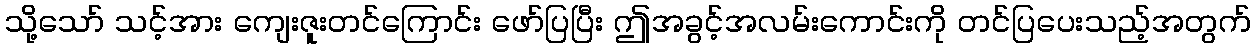
သို့သော် သင့်အား ကျေးဇူးတင်ကြောင်း ဖော်ပြပြီး ဤအခွင့်အလမ်းကောင်းကို တင်ပြပေးသည့်အတွက်